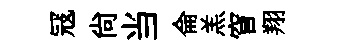
冦尙当侖羔窅翔